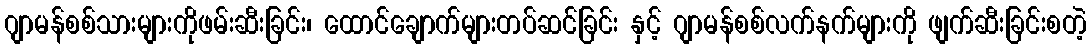
ဂျာမန်စစ်သားများကိုဖမ်းဆီးခြင်း၊ ထောင်ချောက်များတပ်ဆင်ခြင်း နှင့် ဂျာမန်စစ်လက်နက်များကို ဖျက်ဆီးခြင်းစတဲ့